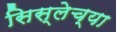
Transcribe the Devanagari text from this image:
सिस्लेच्या